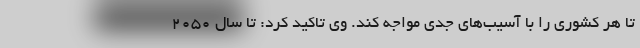
تا هر کشوری را با آسیب‌های جدی مواجه کند. وی تاکید کرد: تا سال ۲۰۵۰